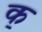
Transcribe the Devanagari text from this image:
क॒